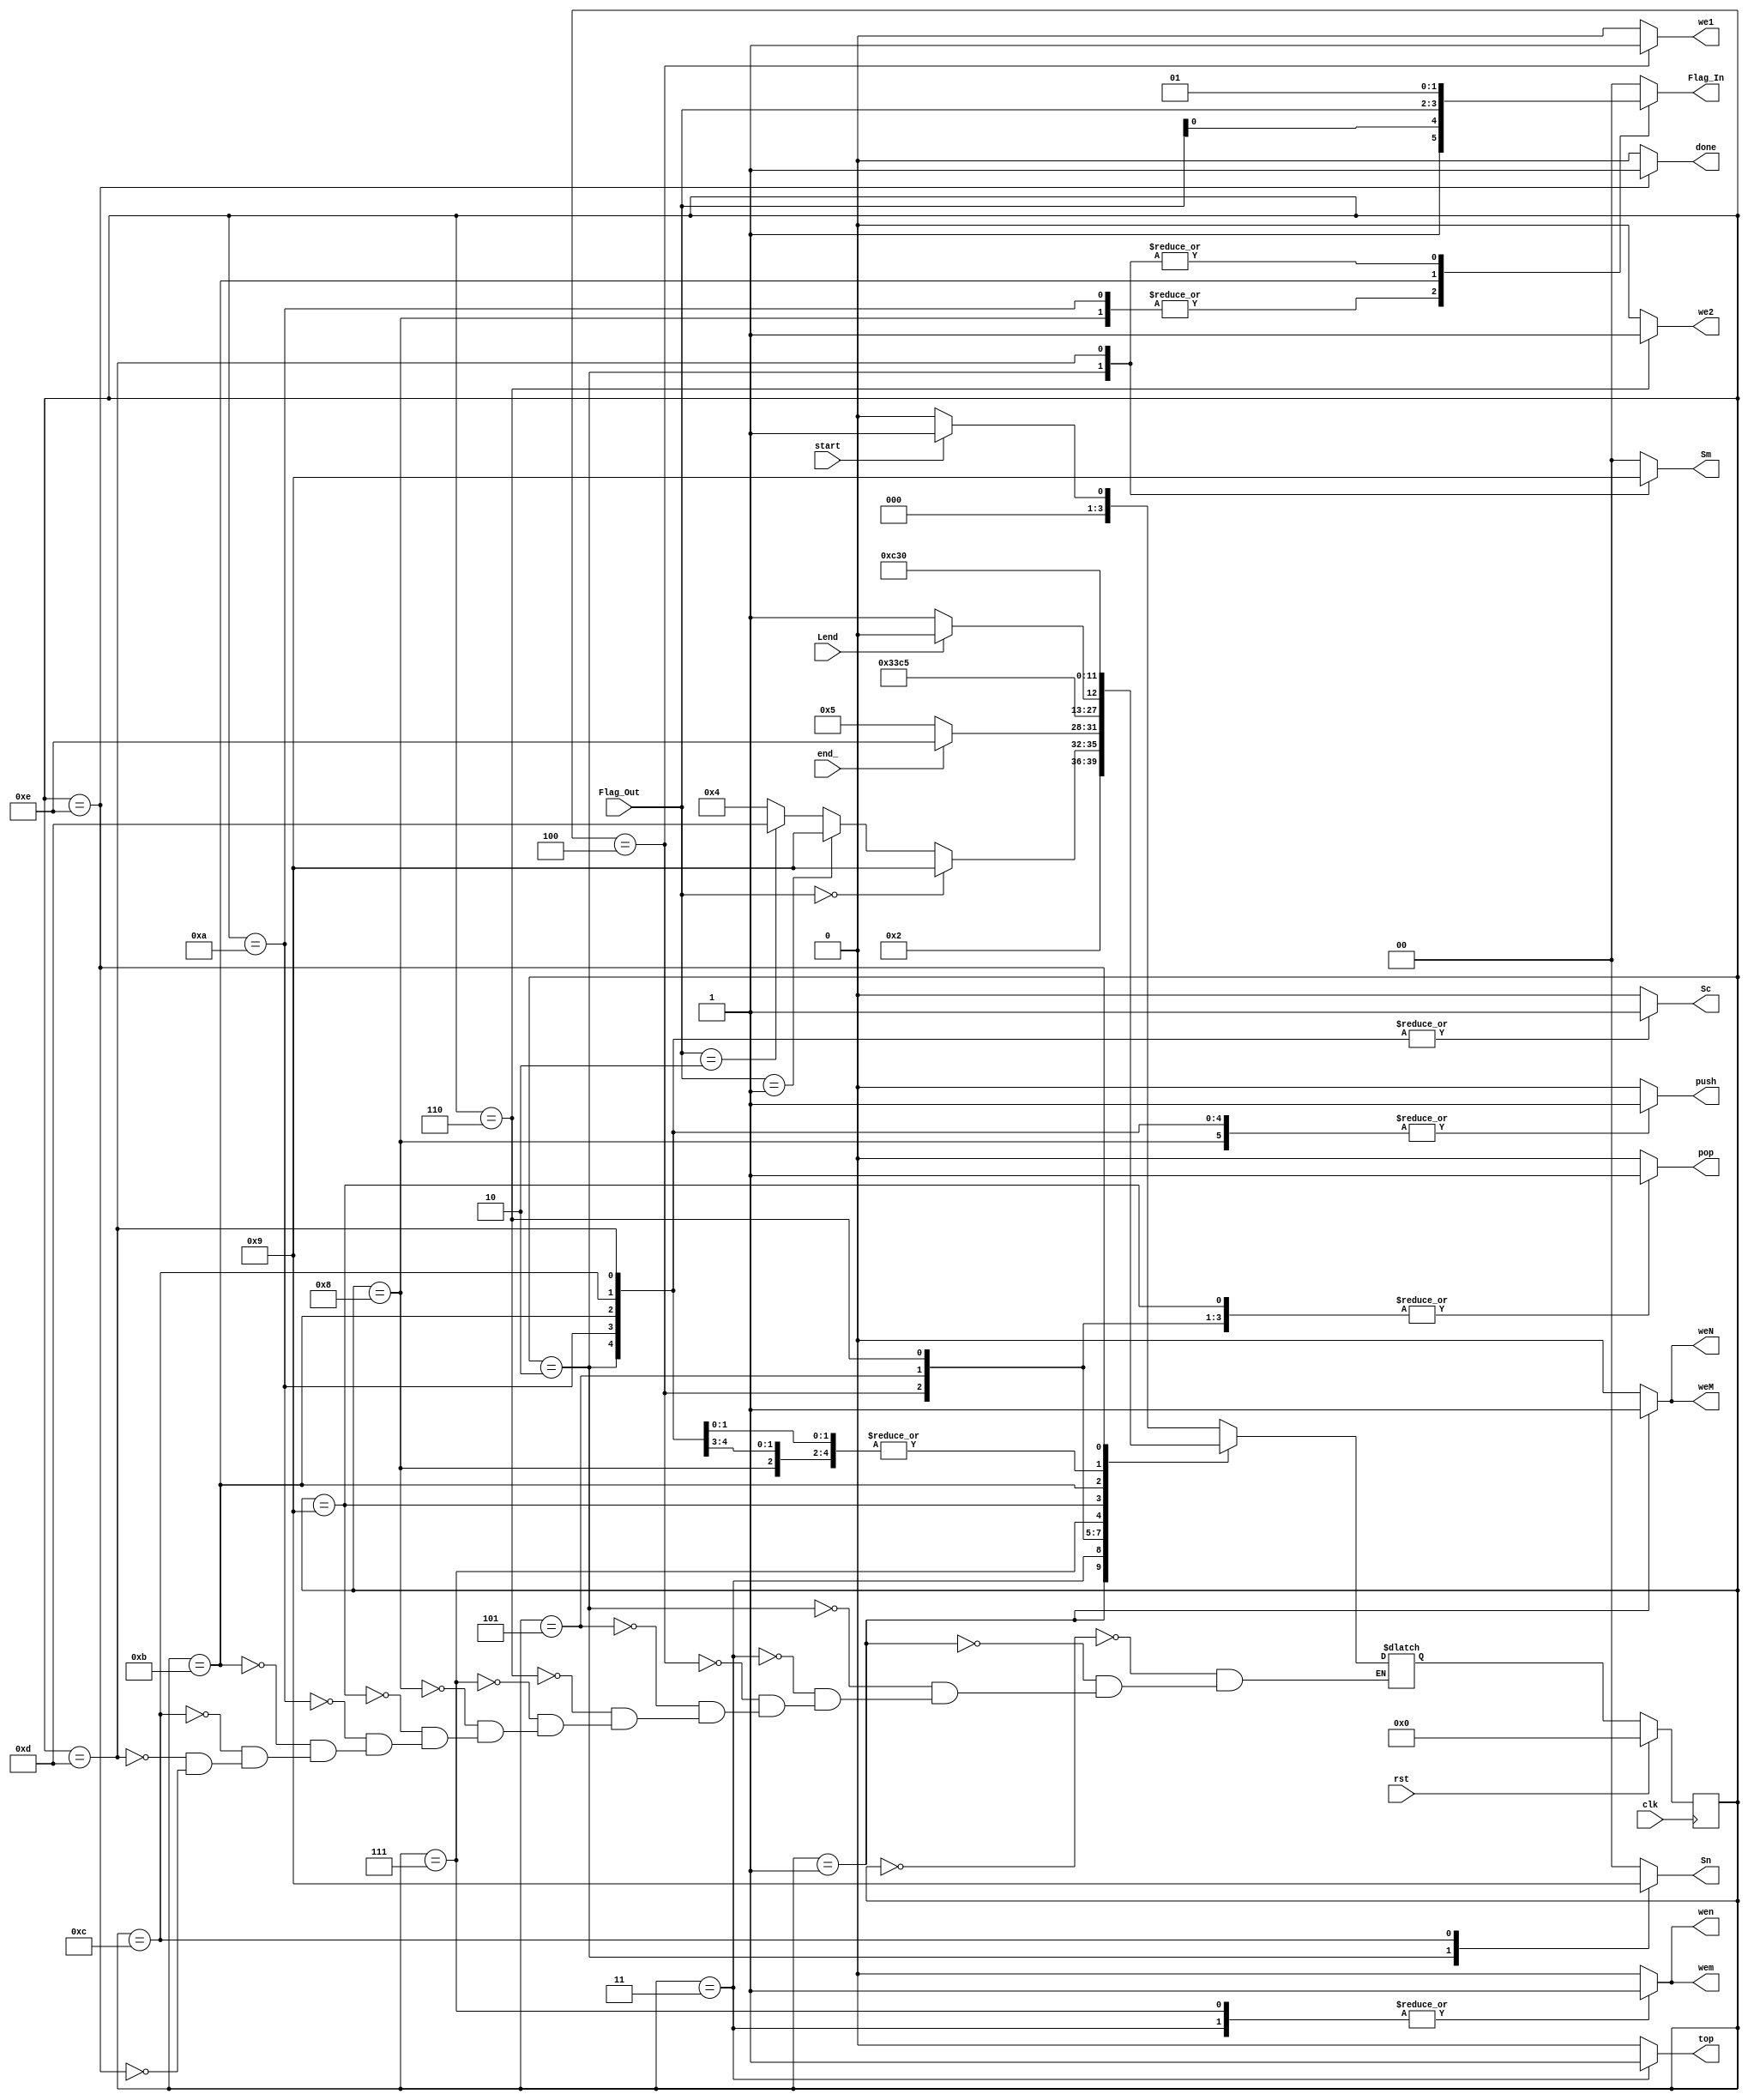
`timescale 1ns/1ns

module Controller(clk, rst, start, Lend, end_, Flag_Out, Sm, Sn, Sc, Flag_In, weN, weM, wen, wem, we1, we2, pop, top, push, done);
input clk, start, end_, Lend, rst;
input [1:0] Flag_Out;
output reg [1:0] Sm, Sn, Flag_In;
output reg Sc, weN, weM, wen, wem, we1, we2, pop, top, push, done;

parameter [3:0] init=0, A=1, B=2, C=3, D=4, E=5, F=6, G=7, H=8, I=9, J=10, K=11, M=12, N=13, Final=14;

reg [3:0] ps,ns;
always@(*)begin
case(ps)
	init: ns=(start) ? A:init;
	A: ns=B;
	B: ns=C;
	C: ns=  (Flag_Out==2'b00) ? I:
		(Flag_Out==2'b01) ? I:
		(Flag_Out==2'b10) ? N:
		D;
	D: ns= (end_)? Final: E;
	E: ns=F;
	F: ns=G;
	G: ns=H;
	H: ns=C;
	I: ns=(Lend)? J: K;
	J: ns=C;
	K: ns=M;
	M: ns=C;
	N: ns=C;
	Final: ns=init;
endcase
end
always@(*)begin
{Flag_In, Sm, Sn}=0;
{Sc, weN, weM, wen, wem, we1, we2, pop, top, push, done}=0;
case(ps)
	A: begin weN=1'b1;weM=1'b1;end
	B: begin Sm=2'b10; Sn=2'b10; Flag_In=2'b01;push=1'b1;Sc=1'b1;end
	C: begin top=1'b1;wen=1'b1;wem=1'd1;end
	D: begin pop=1'b1;we1=1'b1;end
	E: begin pop=1'b1;end
	F: begin pop=1'b1;we2=1'b1;end
	G: begin wen=1'b1;wem=1'b1;end
	H: begin Sn=2'b00;Sm=2'b00;Flag_In={1'b1,Flag_Out[0]};push=1'b1;Sc=1'b0;end
	I: begin pop=1'b1;/*wen=1'b1;wem=1'b1;*/end
	J: begin Sm=2'b00;Sn=2'b00;Flag_In={1'b1,Flag_Out[0]};push=1'b1;Sc=1'b1;end
	K: begin Sm=2'b00;Sn=2'b00;Flag_In=Flag_Out;push=1'b1;Sc=1'b1;end
	M: begin Sm=2'b00;Sn=2'b01;Flag_In=2'b00;push=1'b1;Sc=1'b1;end
	N: begin Sn=2'b00;Sm=2'b01;Flag_In=2'b01;push=1'b1;Sc=1'b1;end
	Final: done=1'b1;
endcase
end
always@(posedge clk)begin
	if(rst)
		ps<=init;
	else ps<=ns;
end
endmodule